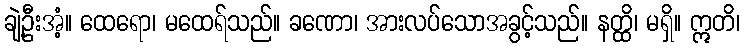
ချဲ့ဦးအံ့။ ထေရော၊ မထေရ်သည်။ ခဏော၊ အားလပ်သောအခွင့်သည်။ နတ္ထိ၊ မရှိ။ ဣတိ၊